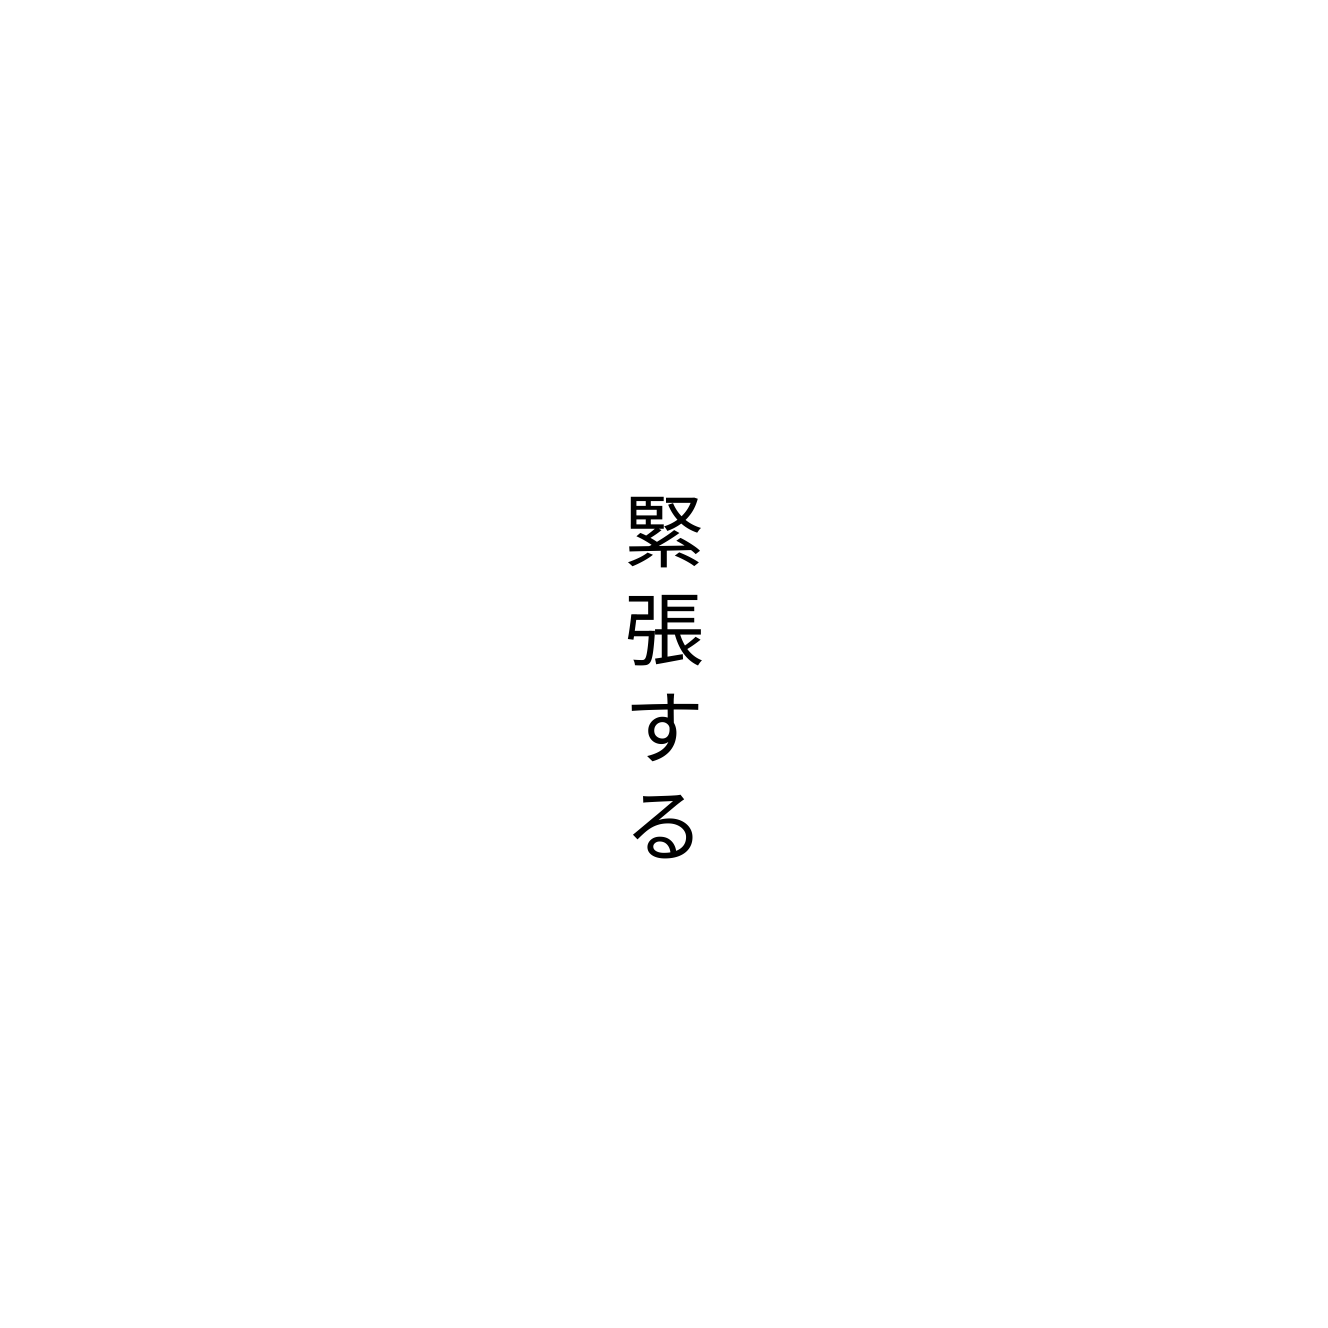
緊張する